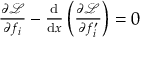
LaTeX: \begin{array} { r } { { \frac { \partial { \mathcal { L } } } { \partial f _ { i } } } - { \frac { \mathrm { d } } { \mathrm { d } x } } \left( { \frac { \partial { \mathcal { L } } } { \partial f _ { i } ^ { \prime } } } \right) = 0 } \end{array}